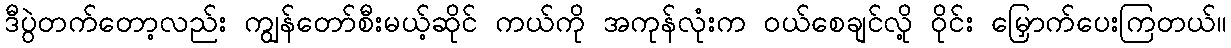
ဒီပွဲတက်တော့လည်း ကျွန်တော်စီးမယ့်ဆိုင် ကယ်ကို အကုန်လုံးက ဝယ်စေချင်လို့ ဝိုင်း မြှောက်ပေးကြတယ်။